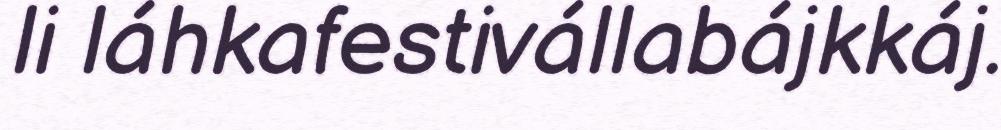
li láhkafestivállabájkkáj.